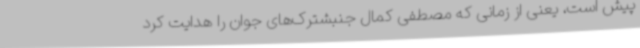
پیش است، یعنی از زمانی که مصطفی کمال جنبشترک‌های جوان را هدایت کرد